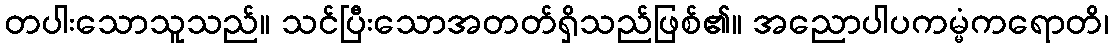
တပါးသောသူသည်။ သင်ပြီးသောအတတ်ရှိသည်ဖြစ်၏။ အညောပါပကမ္မံကရောတိ၊